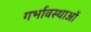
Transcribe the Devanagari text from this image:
गर्भावस्‍थाओं